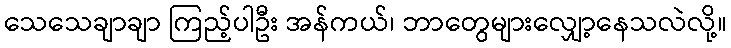
သေသေချာချာ ကြည့်ပါဦး အန်ကယ်၊ ဘာတွေများလျှော့နေသလဲလို့။